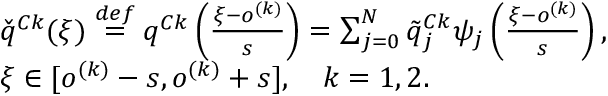
\begin{array} { r l } & { \check { q } ^ { C k } ( \xi ) \overset { d e f } { = } q ^ { C k } \left( \frac { \xi - o ^ { ( k ) } } { s } \right) = \sum _ { j = 0 } ^ { N } \tilde { q } _ { j } ^ { C k } \psi _ { j } \left( \frac { \xi - o ^ { ( k ) } } { s } \right) , } \\ & { \xi \in [ o ^ { ( k ) } - s , o ^ { ( k ) } + s ] , \quad k = 1 , 2 . } \end{array}